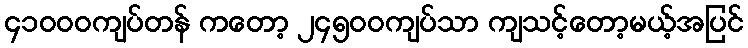
၄၁၀၀၀ကျပ်တန် ကတော့ ၂၄၅၀၀ကျပ်သာ ကျသင့်တော့မယ့်အပြင်